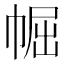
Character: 𱜭